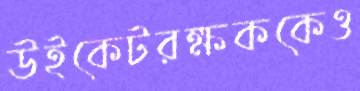
উইকেটরক্ষককেও